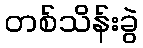
တစ်သိန်းခွဲ